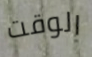
الوقت